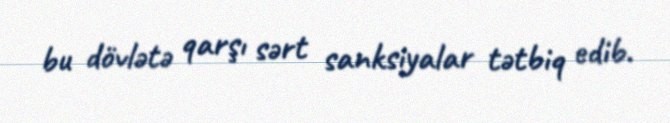
bu dövlətə qarşı sərt sanksiyalar tətbiq edib.